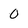
Character: 0